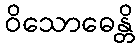
ဝိသောဓေန္တိ